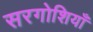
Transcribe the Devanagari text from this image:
सरगोशियाँ